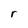
Character: r